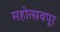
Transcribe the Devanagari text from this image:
महोत्सवपूर